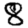
Digit: 8